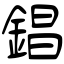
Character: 錩